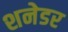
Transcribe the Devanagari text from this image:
शनेडर